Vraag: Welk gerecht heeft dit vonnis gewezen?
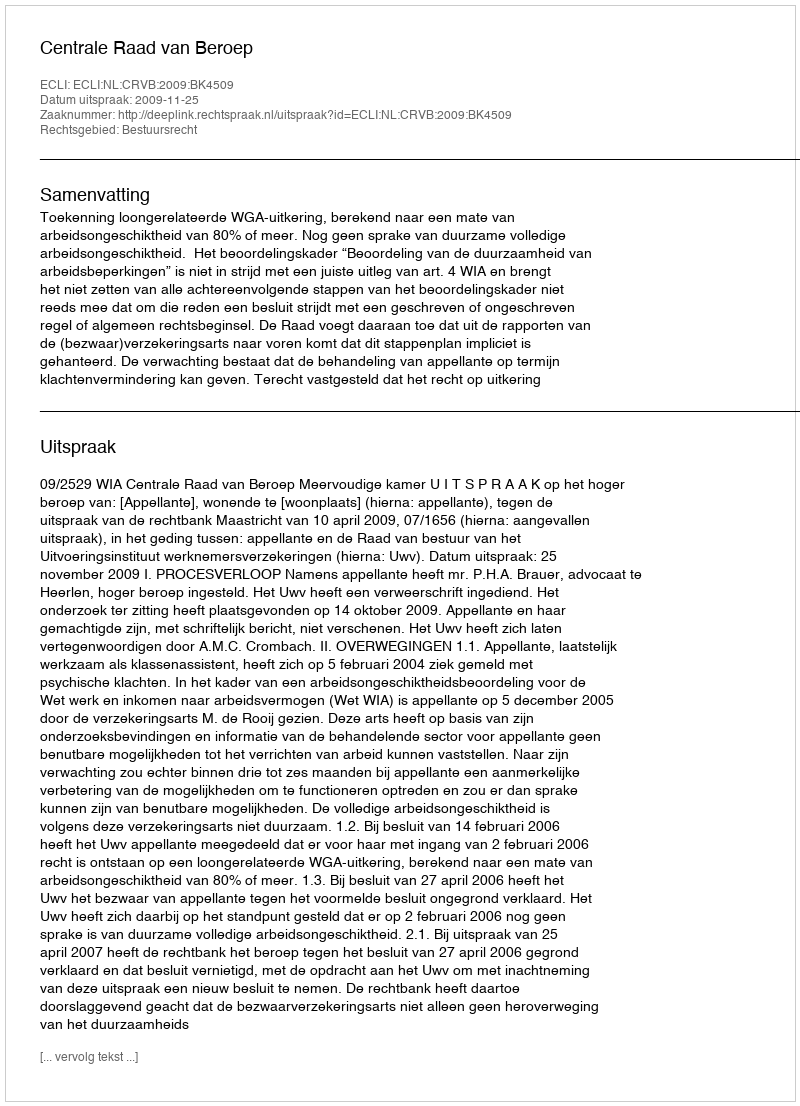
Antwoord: Centrale Raad van Beroep